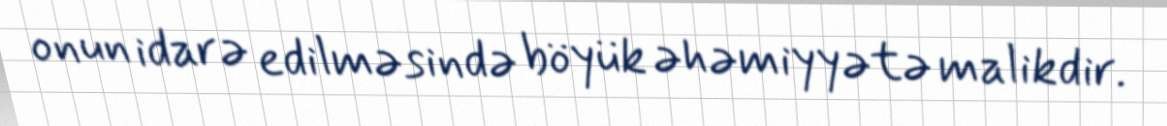
onun idarə edilməsində böyük əhəmiyyətə malikdir.